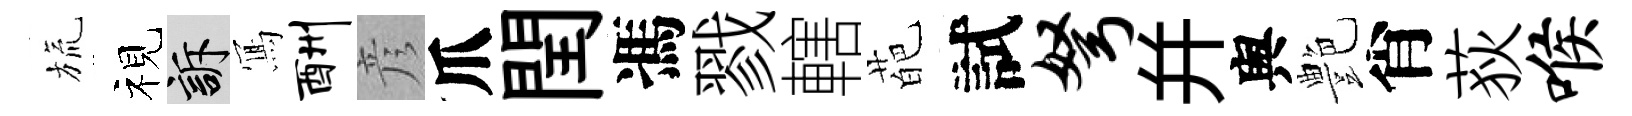
旒视訴𭂁酬彦爪閏馮戮轄葩試弩并舆艶肖荻喉